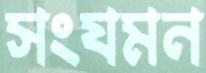
সংযমন